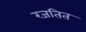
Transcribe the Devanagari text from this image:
रजतित